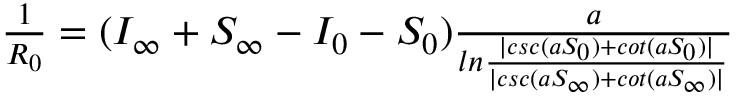
\begin{array} { r } { \frac { 1 } { R _ { 0 } } = ( I _ { \infty } + S _ { \infty } - I _ { 0 } - S _ { 0 } ) \frac { a } { l n \frac { | c s c ( a S _ { 0 } ) + c o t ( a S _ { 0 } ) | } { | c s c ( a S _ { \infty } ) + c o t ( a S _ { \infty } ) | } } } \end{array}